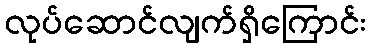
လုပ်ဆောင်လျက်ရှိကြောင်း